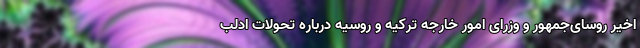
اخیر روسای‌جمهور و وزرای امور خارجه ترکیه و روسیه درباره تحولات ادلب